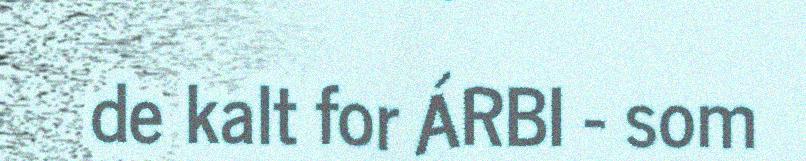
de kalt for ÁRBI - som